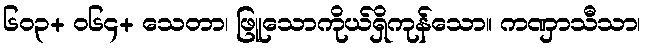
၆၀၃+ ဝ၆၄+ သေတာ၊ ဖြူသောကိုယ်ရှိကုန်သော။ ကဏှာသီသာ၊